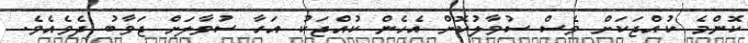
ކޮންމެ ކުއްޖަކަށް ވެސް ސުވާލުކޮށް އެހެން ކުއްޖަކު އަހާ ސުވާލަށް ޖަވާބު ދެވެއެވެ.